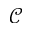
\mathcal C